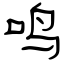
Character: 鸣